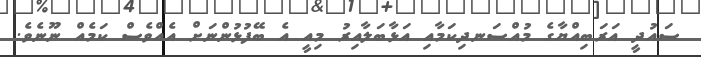
ސައުދީ އަރަބިއްޔާގެ މުއްސަނދިކަމާއި އަޅާބަލާއިރު މިއީ އެ ބޭފުޅުންނަށް އެއްވެސް ކަމެއް ނޫނެވެ.